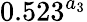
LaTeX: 0.523^{a_{3}}